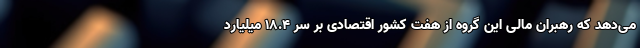
می‌دهد که رهبران مالی این گروه از هفت کشور اقتصادی بر سر ۱۸.۴ میلیارد